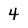
Character: 4